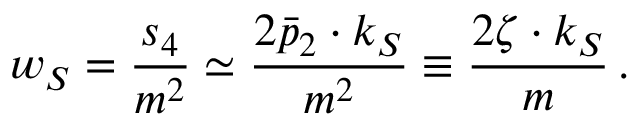
w _ { S } = { \frac { s _ { 4 } } { m ^ { 2 } } } \simeq { \frac { 2 \bar { p } _ { 2 } \cdot k _ { S } } { m ^ { 2 } } } \equiv { \frac { 2 \zeta \cdot k _ { S } } { m } } \, .